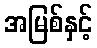
အမြစ်နှင့်